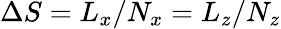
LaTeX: \Delta S=L_{x}/N_{x}=L_{z}/N_{z}